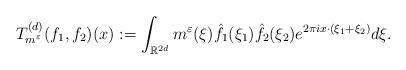
LaTeX: \begin{align*} T_{m^{\varepsilon}}^{(d)}(f_{1},f_{2})(x):=\int_{\mathbb{R}^{2d}}m^{\varepsilon}(\xi)\hat{f_{1}}(\xi_{1})\hat{f_{2}}(\xi_{2}) e^{2\pi ix\cdot(\xi_{1}+\xi_{2})}d\xi.\end{align*}